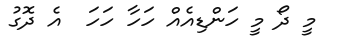
މީ ދޯ މީ ހަންޑިއެއް ހަހާ ހަހަ  އެ ދޮގު